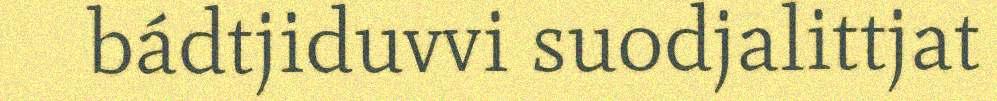
bádtjiduvvi suodjalittjat